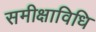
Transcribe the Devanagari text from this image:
समीक्षाविधि